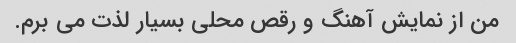
من از نمایش آهنگ و رقص محلی بسیار لذت می برم.